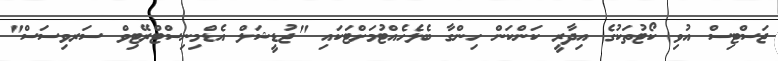
ޖަސްޓިސް އުވި ކޯޓުތަކުގެ އިދާރީ ކަންކަން ހިންގާ ބެލެހެއްޓުމަށްޓަކައި "ޖުޑީޝަލް އެޑްމިނިސްޓްރޭޓިވް ސަރވިސަސް"